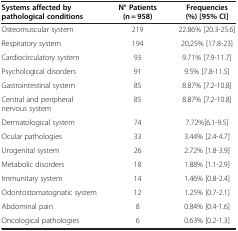
<table><thead><tr><td><b>Systems affected by pathological conditions</b></td><td><b>N° Patients (n = 958)</b></td><td><b>Frequencies (%) [95% CI]</b></td></tr></thead><tbody><tr><td>Osteomuscular system</td><td>219</td><td>22.86% [20.3-25.6]</td></tr><tr><td>Respiratory system</td><td>194</td><td>20,25% [17.8-23]</td></tr><tr><td>Cardiocirculatory system</td><td>93</td><td>9.71% [7.9-11.7]</td></tr><tr><td>Psychological disorders</td><td>91</td><td>9.5% [7.8-11.5]</td></tr><tr><td>Gastrointestinal system</td><td>85</td><td>8.87% [7.2-10.8]</td></tr><tr><td>Central and peripheral nervous system</td><td>85</td><td>8.87% [7.2-10.8]</td></tr><tr><td>Dermatological system</td><td>74</td><td>7.72%[6.1-9.5]</td></tr><tr><td>Ocular pathologies</td><td>33</td><td>3.44% [2.4-4.7]</td></tr><tr><td>Urogenital system</td><td>26</td><td>2.72% [1.8-3.9]</td></tr><tr><td>Metabolic disorders</td><td>18</td><td>1.88% [1.1-2.9]</td></tr><tr><td>Immunitary system</td><td>14</td><td>1.46% [0.8-2.4]</td></tr><tr><td>Odontostomatognatic system</td><td>12</td><td>1.25% [0.7-2.1]</td></tr><tr><td>Abdominal pain</td><td>8</td><td>0.84% [0.4-1.6]</td></tr><tr><td>Oncological pathologies</td><td>6</td><td>0.63% [0.2-1.3]</td></tr></tbody></table>